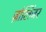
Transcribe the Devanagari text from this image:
ज़ोलिंजर